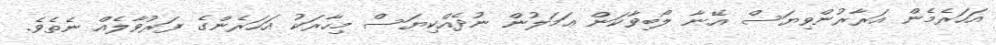
އަހަރެމެން އަރާރުންވިޔަސް އޭނާ ލޯބިވާކަން ޢަމަލުން ނުދެއްކިޔަސް މިހާރަކު އަހަރެންގެ ފަރުވާލެއް ނެތެވެ.